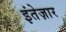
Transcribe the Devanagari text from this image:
इंतेज़ार